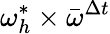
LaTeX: \omega_{h}^{*}\times\bar{\omega}^{\Delta t}